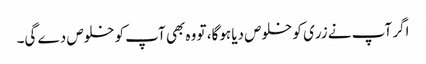
اگر آپ نے زری کو خلوص دیا ہوگا، تو وہ بھی آپ کو خلوص دے گی۔